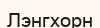
Лэнгхорн